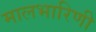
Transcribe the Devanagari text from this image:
मालभारिणी